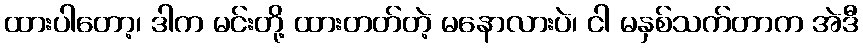
ထားပါတော့၊ ဒါက မင်းတို့ ထားတတ်တဲ့ မနောလားပဲ၊ ငါ မနှစ်သက်တာက အဲဒီ